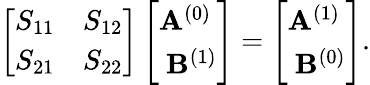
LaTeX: \left[\begin{array}{ll}{S_{11}}&{S_{12}}\\ {S_{21}}&{S_{22}}\end{array}\right]\left[\begin{array}{l}{\mathbf{A}^{(0)}}\\ {\ \mathbf{B}^{(1)}}\end{array}\right]=\left[\begin{array}{l}{\mathbf{A}^{(1)}}\\ {\ \mathbf{B}^{(0)}}\end{array}\right].